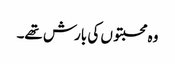
وہ محبتوں کی بارش تھے۔